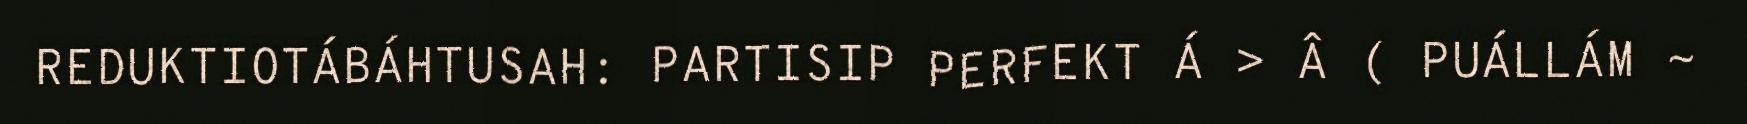
REDUKTIOTÁBÁHTUSAH: PARTISIP PERFEKT Á > Â ( PUÁLLÁM ~